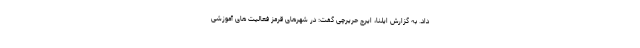
داد. به گزارش ایلنا، ایرج حریرچی گفت: در شهرهای قرمز فعالیت های آموزشی